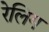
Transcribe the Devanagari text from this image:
रेलिग